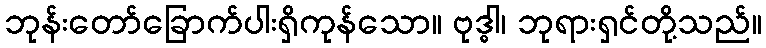
ဘုန်းတော်ခြောက်ပါးရှိကုန်သော။ ဗုဒ္ဓါ၊ ဘုရားရှင်တို့သည်။